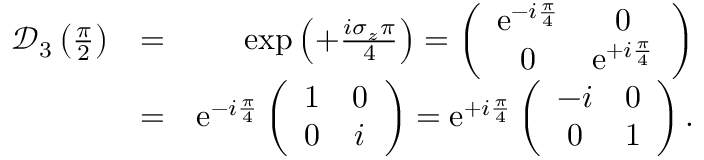
\begin{array} { r l r } { \mathcal { D } _ { 3 } \left( \frac { \pi } { 2 } \right) } & { = } & { \exp \left( + \frac { i \sigma _ { z } \pi } { 4 } \right) = \left( \begin{array} { c c } { \mathrm { e } ^ { - i \frac { \pi } { 4 } } } & { 0 } \\ { 0 } & { \mathrm { e } ^ { + i \frac { \pi } { 4 } } } \end{array} \right) } \\ & { = } & { \mathrm { e } ^ { - i \frac { \pi } { 4 } } \left( \begin{array} { c c } { 1 } & { 0 } \\ { 0 } & { i } \end{array} \right) = \mathrm { e } ^ { + i \frac { \pi } { 4 } } \left( \begin{array} { c c } { - i } & { 0 } \\ { 0 } & { 1 } \end{array} \right) . } \end{array}